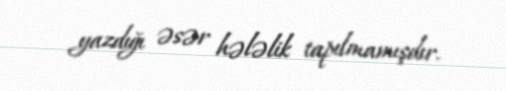
yazdığı əsər hələlik tapılmamışdır.